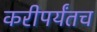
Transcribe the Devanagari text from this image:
करीपर्यंतच